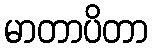
မာတာပိတာ